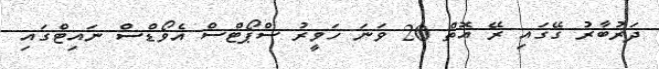
ދަރުބާރު ގޭގައި ރޭ އޮތް 20 ވަނަ ހަވީރު ސްޕޯޓްސް އެވޯޑްސް ނައިޓްގައި